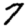
Digit: 7